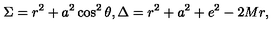
\Sigma = r ^ { 2 } + a ^ { 2 } \cos ^ { 2 } \theta , \Delta = r ^ { 2 } + a ^ { 2 } + e ^ { 2 } - 2 M r ,